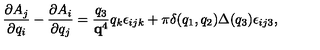
\frac { \partial A _ { j } } { \partial q _ { i } } - \frac { \partial A _ { i } } { \partial q _ { j } } = \frac { q _ { 3 } } { { \bf q } ^ { 4 } } q _ { k } \epsilon _ { i j k } + \pi \delta ( q _ { 1 } , q _ { 2 } ) \Delta ( q _ { 3 } ) \epsilon _ { i j 3 } ,